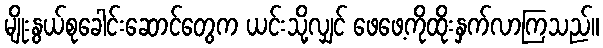
မျိုးနွယ်စုခေါင်းဆောင်တွေက ယင်းသို့လျှင် ဖေဖေ့ကိုထိုးနှက်လာကြသည်။